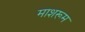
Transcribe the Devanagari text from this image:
माशरूम